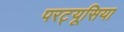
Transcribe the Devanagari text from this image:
परट्यूसिया